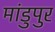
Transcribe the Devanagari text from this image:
मांडुपुर